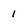
Character: 1